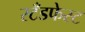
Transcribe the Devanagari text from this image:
स्टँडफेस्ट